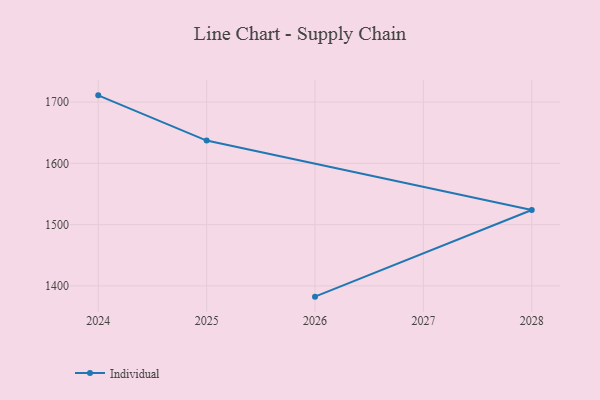
{"axis": {"x": "Year", "y": "Energy Usage (MWh)"}, "legend": ["Individual"], "data": [{"x": "2024", "y": 1710.9, "type": "Individual"}, {"x": "2025", "y": 1637.1, "type": "Individual"}, {"x": "2028", "y": 1523.8, "type": "Individual"}, {"x": "2026", "y": 1382.5, "type": "Individual"}]}